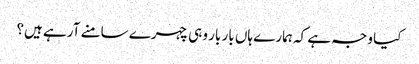
کیا وجہ ہے کہ ہمارے ہاں بار بار وہی چہرے سامنے آرہے ہیں؟